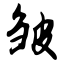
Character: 皱